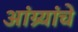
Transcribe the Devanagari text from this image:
आंग्र्यांचे